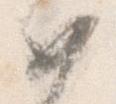
如